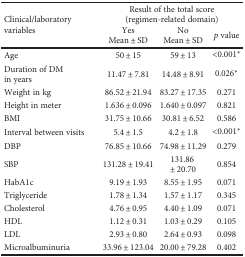
<table><thead><tr><td rowspan="3"><b>Clinical/laboratory variables</b></td><td colspan="3"><b>Result of the total score (regimen-related domain)</b></td></tr><tr><td><b>Yes</b></td><td><b>No</b></td><td rowspan="2"><b><i>p</i> value</b></td></tr><tr><td><b>Mean ± SD</b></td><td><b>Mean ± SD</b></td></tr></thead><tbody><tr><td>Age</td><td>50 ± 15</td><td>59 ± 13</td><td>&lt;0.001<sup>∗</sup></td></tr><tr><td>Duration of DM in years</td><td>11.47 ± 7.81</td><td>14.48 ± 8.91</td><td>0.026<sup>∗</sup></td></tr><tr><td>Weight in kg</td><td>86.52 ± 21.94</td><td>83.27 ± 17.35</td><td>0.271</td></tr><tr><td>Height in meter</td><td>1.636 ± 0.096</td><td>1.640 ± 0.097</td><td>0.821</td></tr><tr><td>BMI</td><td>31.75 ± 10.66</td><td>30.81 ± 6.52</td><td>0.586</td></tr><tr><td>Interval between visits</td><td>5.4 ± 1.5</td><td>4.2 ± 1.8</td><td>&lt;0.001<sup>∗</sup></td></tr><tr><td>DBP</td><td>76.85 ± 10.66</td><td>74.98 ± 11.29</td><td>0.279</td></tr><tr><td>SBP</td><td>131.28 ± 19.41</td><td>131.86 ± 20.70</td><td>0.854</td></tr><tr><td>HabA1c</td><td>9.19 ± 1.93</td><td>8.55 ± 1.95</td><td>0.071</td></tr><tr><td>Triglyceride</td><td>1.78 ± 1.34</td><td>1.57 ± 1.17</td><td>0.345</td></tr><tr><td>Cholesterol</td><td>4.76 ± 0.95</td><td>4.40 ± 1.09</td><td>0.071</td></tr><tr><td>HDL</td><td>1.12 ± 0.31</td><td>1.03 ± 0.29</td><td>0.105</td></tr><tr><td>LDL</td><td>2.93 ± 0.80</td><td>2.64 ± 0.93</td><td>0.098</td></tr><tr><td>Microalbuminuria</td><td>33.96 ± 123.04</td><td>20.00 ± 79.28</td><td>0.402</td></tr></tbody></table>